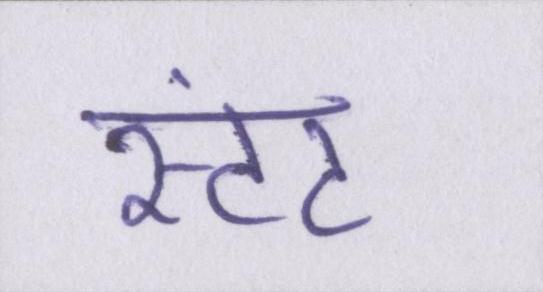
स्टंट